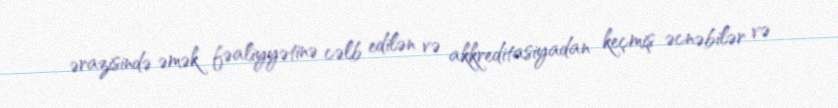
ərazisində əmək fəaliyyətinə cəlb edilən və akkreditasiyadan keçmiş əcnəbilər və